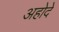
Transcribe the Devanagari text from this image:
अहोदे